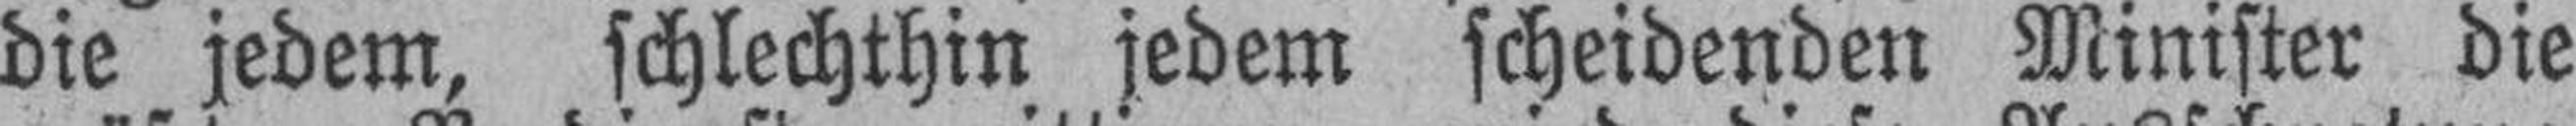
die jedem, schlechthin jedem scheidenden Minister die